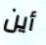
أين